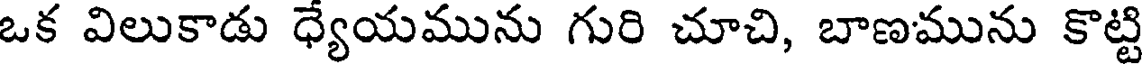
ఒక విలుకాడు ధ్యేయమును గురి చూచి, బాణమును కొట్టి